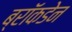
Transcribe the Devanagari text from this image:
ब्रॉकडेन